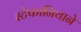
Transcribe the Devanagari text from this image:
स्टेफानियाने